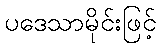
ပဒေသာမိုင်းဖြင့်